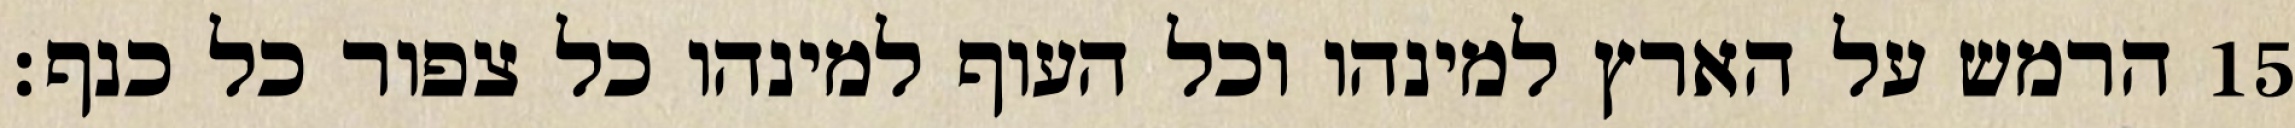
הרמש על הארץ למינהו וכל העוף למינהו כל צפור כל כנף׃ ‎15‏